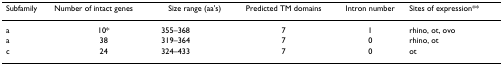
| Subfamily | Number of intact genes | Size range (aa's) | Predicted TM domains | Intron number | Sites of expression** |
 | --- | --- | --- | --- | --- | --- |
 | a | 10* | 355–368 | 7 | 1 | rhino, ot, ovo |
 | a | 38 | 319–364 | 7 | 0 | rhino, ot |
 | c | 24 | 324–433 | 7 | 0 | ot |